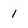
Character: 1